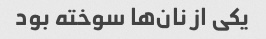
یکی از نان‌ها سوخته بود